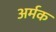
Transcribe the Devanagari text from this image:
अर्मक